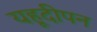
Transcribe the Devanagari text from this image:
यहूदीपन